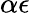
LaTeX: \alpha\epsilon